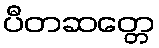
ပီတဆတ္တေ